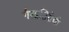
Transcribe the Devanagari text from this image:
गैरप्रतिरोधी